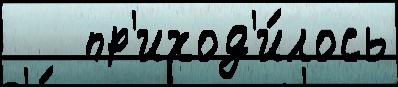
   пр'иход'и́лось